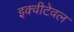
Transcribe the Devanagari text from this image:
इक्वीटेवल